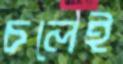
চলেই